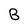
Character: B